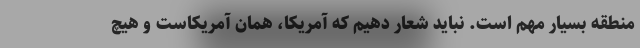
منطقه بسیار مهم است. نباید شعار دهیم که آمریکا، همان آمریکاست و هیچ